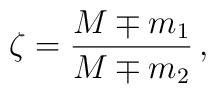
\zeta=\frac{M \mp m_1}{M \mp m_2}\,,